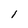
Character: 1